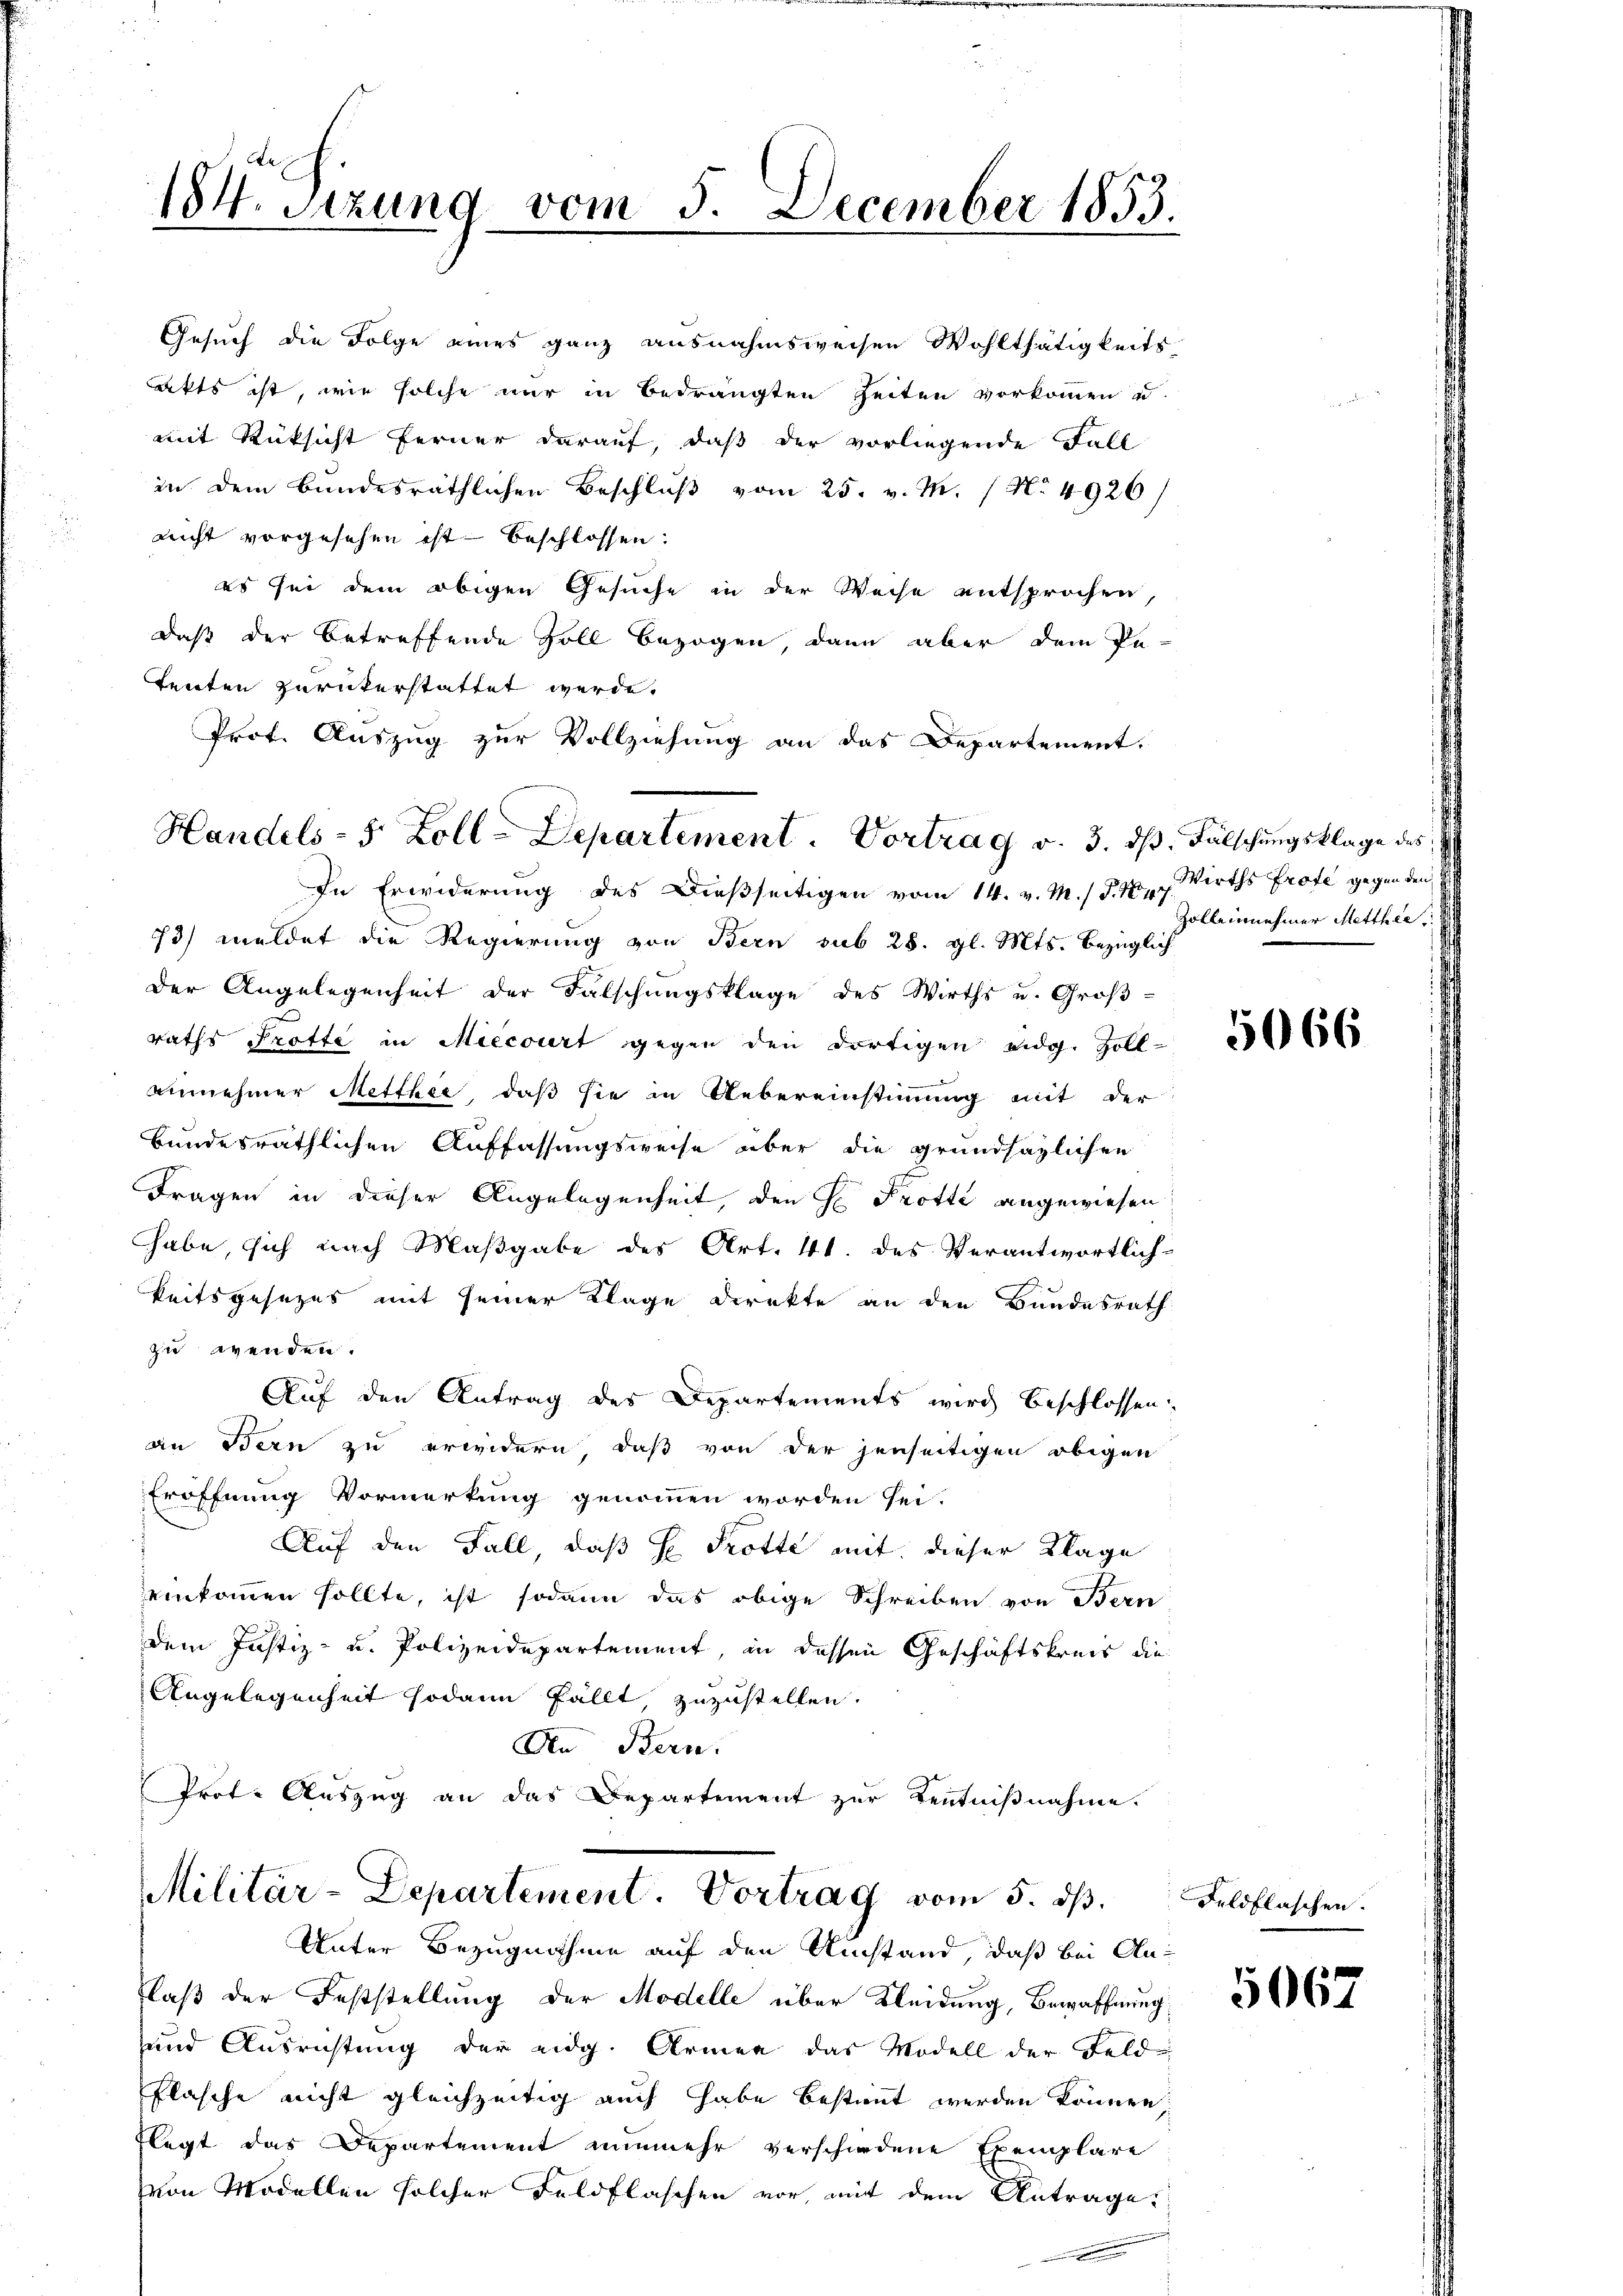
184. Sitzung vom 5. December 1855.

Handels- 5 Zoll-Departement. Vortrag v. 3. dβ. Fälschŭngsklage des

akts ist, wie solche nur in Bedrängten Zeiten vorkommen u.
mit Rücksicht ferner darauf, daß der vorliegende Fall
in dem bundesräthlichen Beschluß vom 25. v. M. No 4926)
nicht vorgesehen ist beschlossen:
dass der betreffende Soll bezogen, dann aber dem Pe-
tenten zurückerstattet werde.
Prof. Auszug zur Vollziehung an das Departement.

Gesuch die Folge eines ganz ausnahmsweisen Wohlthätigkeits-
es sei dem obigen Gesuche in der Weise entsprochen,

Militär-Departement. Vortrag vom 5. ds.
Unter Bezugnahme auf den Umstand, daß bei An¬

Zolleinnnehmer Mitthei

In Erwiderung des Dießseitigen vom 14. v. M. / 547. Wirths Profe gegen den
73) meldet die Regierung von Bern sub 28. gl. Mts. bezüglich
Der Angelegenheit der Falschungsklage des Wirths u. Groß-
raths Trotte in Miecourt gegen den dortigen eidg. Zoll-
Ainnehmer Metthie, daß sie in Uebereinstimmung mit der
bundesräthlichen Auffassungsweise über die grundsazlichen
Fragen in dieser Angelegenheit, den H Protte angewiesen
habe, sich nach Maßgabe des Art. 41. des Verantwortlichkeitsgesezes mit seiner Klage direkte an den Bundesrath
zu wenden.
Auf den Antrag des Departements wird beschlossen:
an Bern zu erwidern, daß von der jenseitigen obigen
Eröffnung Vormerkung genommen worden sei.
Auf den Fall, daß H. Trotte mit dieser Klage
einkommen sollte, ist sodann das obige Schreiben von Bern
dem Justiz- u. Polizeidepartement, in dessen Geschäftskreis die
Angelegenheit sodann fällt zuzustellen.
An Bern.
Prot. Auszug an das Departement zur Kenntnißnahme.

Flaß der Feststellung der Modelle über Kleidung, Bewaffnung
und Ausrichtung der eidg. Armen das Modell der Feld¬
Flasche nicht gleichzeitig auch habe bestimmt werden können,
Flegt das Departement nunmehr verschiedene Exemplare
Von Modellen solcher Feldflaschen vor, mit dem Antrage
.

5066

Feldflaschen.

5067